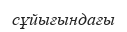
сұйығындағы